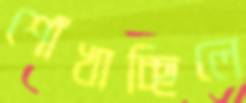
শোঁখাচ্ছিলে